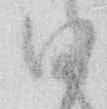
ひ